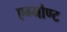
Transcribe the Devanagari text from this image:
एग्मोण्ट